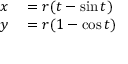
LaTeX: \begin{array} { r l } { x } & { { } = r ( t - \sin t ) } \\ { y } & { { } = r ( 1 - \cos t ) } \end{array}